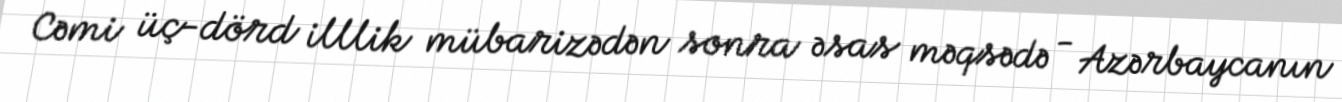
Cəmi üç-dörd illlik mübarizədən sonra əsas məqsədə - Azərbaycanın